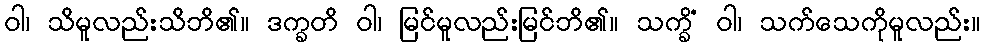
ဝါ၊ သိမူလည်းသိဘိ၏။ ဒက္ခတိ ဝါ၊ မြင်မူလည်းမြင်ဘိ၏။ သက္ခိံ ဝါ၊ သက်သေကိုမူလည်း။